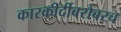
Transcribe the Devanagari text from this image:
कारकीर्दीबरोबरच